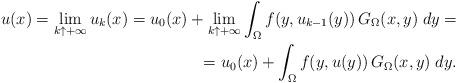
LaTeX: \begin{align*}u(x)=\lim_{k\uparrow+\infty}u_k(x)=u_0(x)+\lim_{k\uparrow+\infty}\int_\Omega f(y,u_{k-1}(y))\,G_\Omega(x,y)\; dy=\\=u_0(x)+\int_\Omega f(y,u(y))\,G_\Omega(x,y)\; dy.\end{align*}